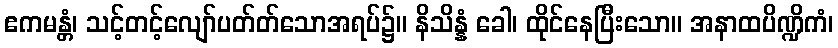
ဧကမန္တံ၊ သင့်တင့်လျော်ပတ်တ်သောအရပ်၌။ နိသိန္နံ ခေါ၊ ထိုင်နေပြီးသော။ အနာထပိဏ္ဍိကံ၊